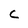
Character: C